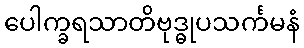
ပေါက္ခရသာတိဗုဒ္ဓုပသင်္ကမနံ